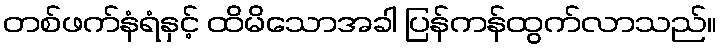
တစ်ဖက်နံရံနှင့် ထိမိသောအခါ ပြန်ကန်ထွက်လာသည်။